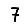
Digit: 7